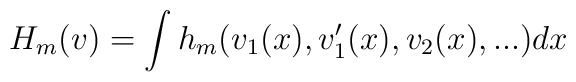
H_m(v)=\int h_m(v_1(x),v'_1(x),v_2(x),...)dx